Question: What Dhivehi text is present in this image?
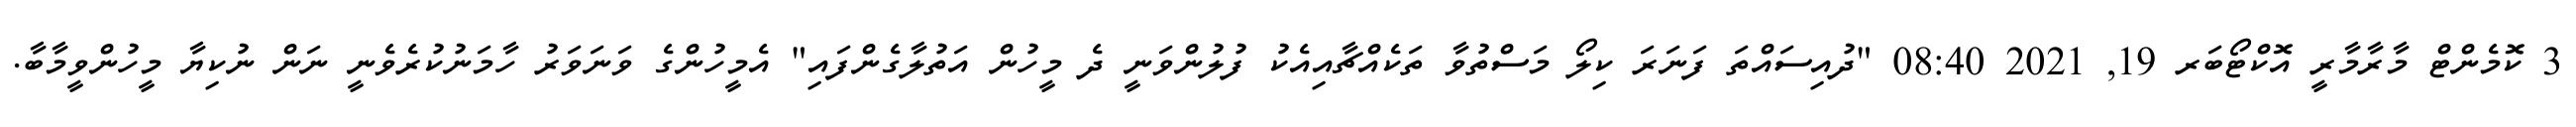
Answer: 3 ކޮމެންޓް މާރާމާރީ އޮކްޓޯބަރ 19, 2021 08:40 "ދުއިސައްތަ ފަނަރަ ކިލޯ މަސްތުވާ ތަކެއްޗާއިއެކު ފުލުންވަނީ ދެ މީހުން އަތުލާގެންފައި" އެމީހުންގެ ވަނަވަރު ހާމަނުކުރެވެނީ ނަން ނުކިޔާ މީހުންވީމާބާ.